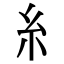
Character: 糹